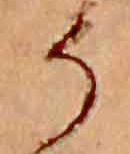
そ